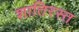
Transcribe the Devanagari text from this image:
शातिरस्त